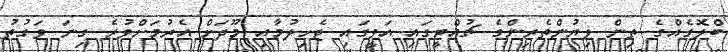
ބްލޮގެއްގެ ތިން ލިޔުންތެރިންގެ ޗުއްޓީގައި އަވީގައި ޖެހިލުމާއި މޫދަށް އެރުމަށްވުރެ ގިނަ ވަގުތު